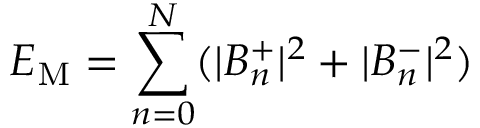
{ \cal E } _ { \mathrm { M } } = \sum _ { n = 0 } ^ { N } ( | B _ { n } ^ { + } | ^ { 2 } + | B _ { n } ^ { - } | ^ { 2 } )